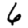
Digit: 6